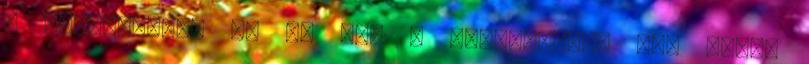
a képaláírás, de ez nem a testvérhajó se. Rolph